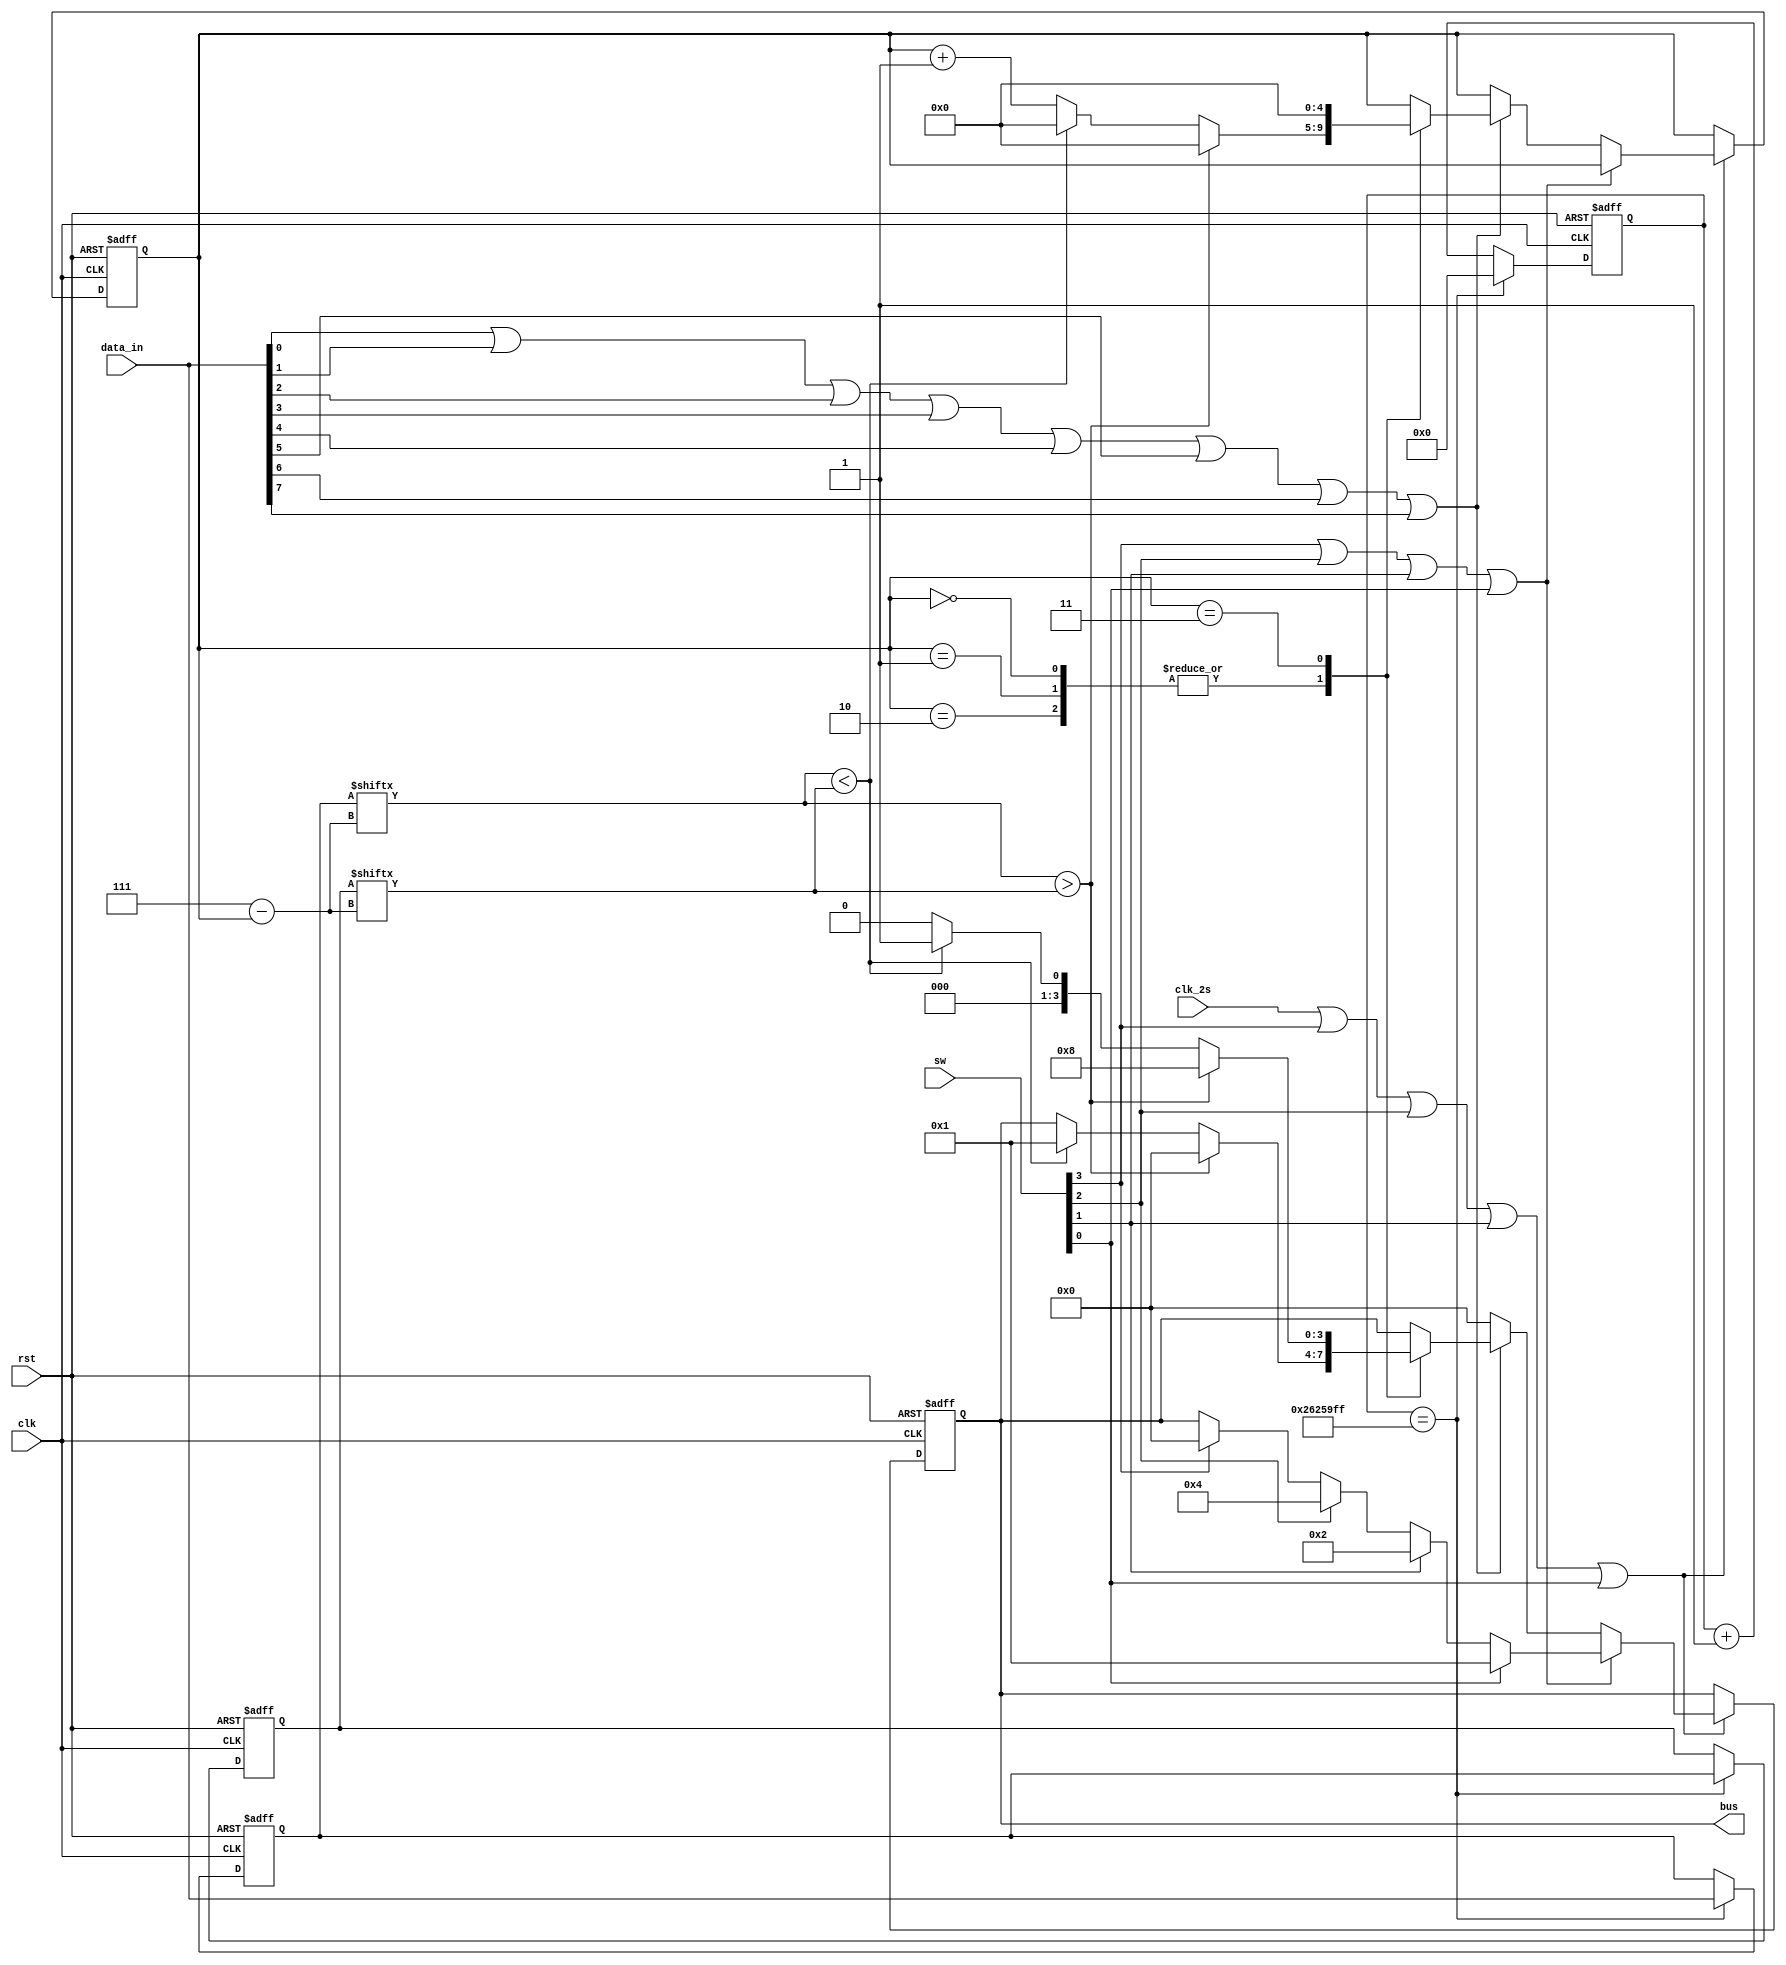
module to_step(
		input clk,
		input clk_2s,
		input [7:0] data_in,
		input rst,
		input [3:0] sw,
		output [3:0] bus
    );
		
		reg [7:0] data_reg1;
		reg [7:0] data_reg2;
		reg [3:0] bus_;
		reg [4:0] i;
		reg [25:0] k;
		
		assign bus=bus_;
		
		always@(posedge clk or posedge rst)
		   
			begin 
				if(rst)
					begin
						bus_<=0;
						data_reg1<=0;
						data_reg2<=0;
						i<=0;
						k<=0;
					end
				else
					begin
					  if(k==26'd39999999) 
									begin data_reg2<=data_reg1; data_reg1<=data_in; k<=26'd0; end
					   else k<=k+1'd1;
						if((clk_2s==1)||sw[3]||sw[2]||sw[1]||sw[0])	             //(clk_2ss==1'b0&&clk_2s==1'b1)
							begin
							if(sw[3]||sw[2]||sw[1]||sw[0])								//ֿ
								begin
									if(sw[3]) bus_<=3'b1000;
									if(sw[2]) bus_<=3'b0100;
									if(sw[1]) bus_<=3'b0010;
									if(sw[0]) bus_<=3'b0001;
								end
							else											//Կ
								begin
									if(data_in[0]||data_in[1]||data_in[2]||data_in[3]||data_in[4]||data_in[5]||data_in[6]||data_in[7])
										case(i)
										5'd0,5'd1,5'd2:
											begin
												if(data_reg1[7-i]>data_reg2[7-i])
													begin bus_[3:0]<=3'b1000; i<=0;end
												else if(data_reg1[7-i]<data_reg2[7-i])
													begin bus_[3:0]<=3'b0001; i<=0;end
												else 	
													i<=i+5'd1;
											end
										5'd3:
											begin
												if(data_reg1[7-i]>data_reg2[7-i]) 
													 bus_[3:0]<=8'b1000; 
												else if(data_reg1[7-i]<data_reg2[7-i])
													bus_[3:0]<=8'b0001;
												else bus_[3:0]<=8'b0000;
												i<=0;
											end
										endcase
									else bus_[3:0]<=8'b0000;
								end
							end
					end
			end
			



endmodule